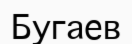
Бугаев